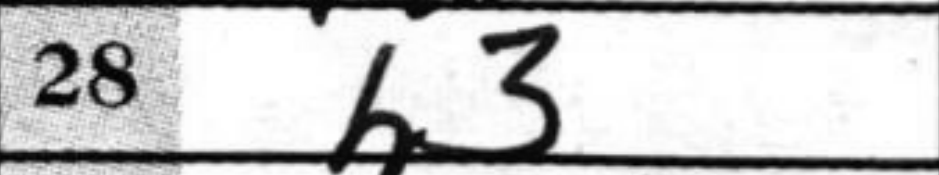
Transcription: h3